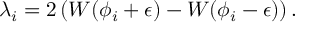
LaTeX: \lambda _ { i } = 2 \left( W ( \phi _ { i } + \epsilon ) - W ( \phi _ { i } - \epsilon ) \right) .